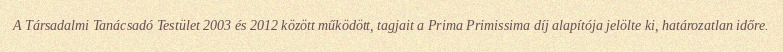
A Társadalmi Tanácsadó Testület 2003 és 2012 között működött, tagjait a Prima Primissima díj alapítója jelölte ki, határozatlan időre.